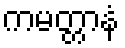
ကမတ္တာနံ